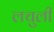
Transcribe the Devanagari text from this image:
लचुली